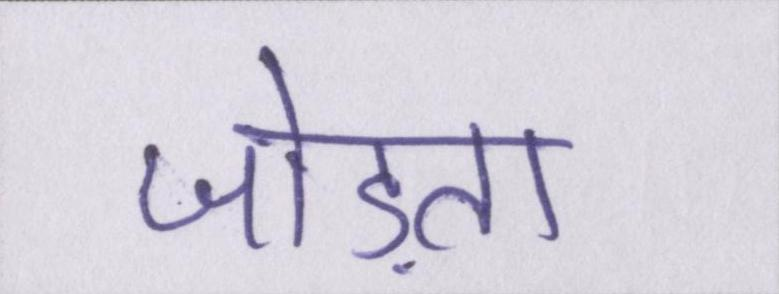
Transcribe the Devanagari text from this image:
जोड़ता